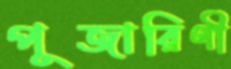
পূজারিণী